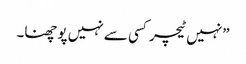
”نہیں ٹیچر کسی سے نہیں پو چھنا۔